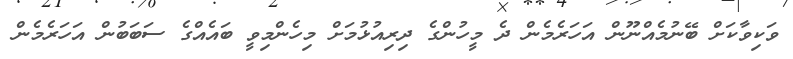
ވަކިވާކަށް ބޭނުމެއްނޫން އަހަރެމެން ދެ މީހުންގެ ދިރިއުޅުމަށް މިހެންމިވީ ބައެއްގެ ސަބަބުން އަހަރެމެން